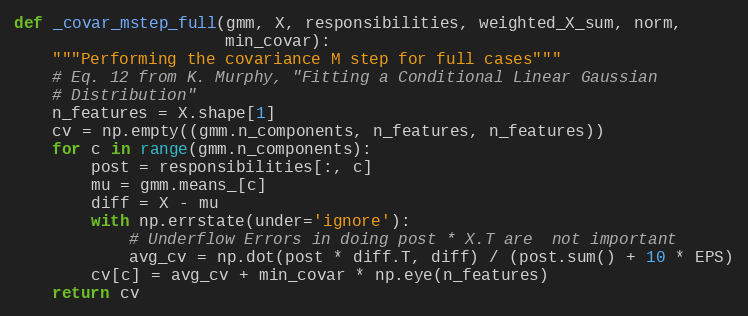
Language: Python
def _covar_mstep_full(gmm, X, responsibilities, weighted_X_sum, norm,
                      min_covar):
    """Performing the covariance M step for full cases"""
    # Eq. 12 from K. Murphy, "Fitting a Conditional Linear Gaussian
    # Distribution"
    n_features = X.shape[1]
    cv = np.empty((gmm.n_components, n_features, n_features))
    for c in range(gmm.n_components):
        post = responsibilities[:, c]
        mu = gmm.means_[c]
        diff = X - mu
        with np.errstate(under='ignore'):
            # Underflow Errors in doing post * X.T are  not important
            avg_cv = np.dot(post * diff.T, diff) / (post.sum() + 10 * EPS)
        cv[c] = avg_cv + min_covar * np.eye(n_features)
    return cv